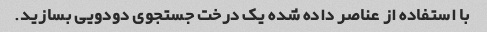
با استفاده از عناصر داده شده یک درخت جستجوی دودویی بسازید.